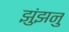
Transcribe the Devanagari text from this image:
झुंझनु